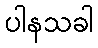
ပါနသခါ